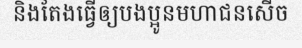
និងតែងធ្វើឲ្យបងប្អូនមហាជនសើច